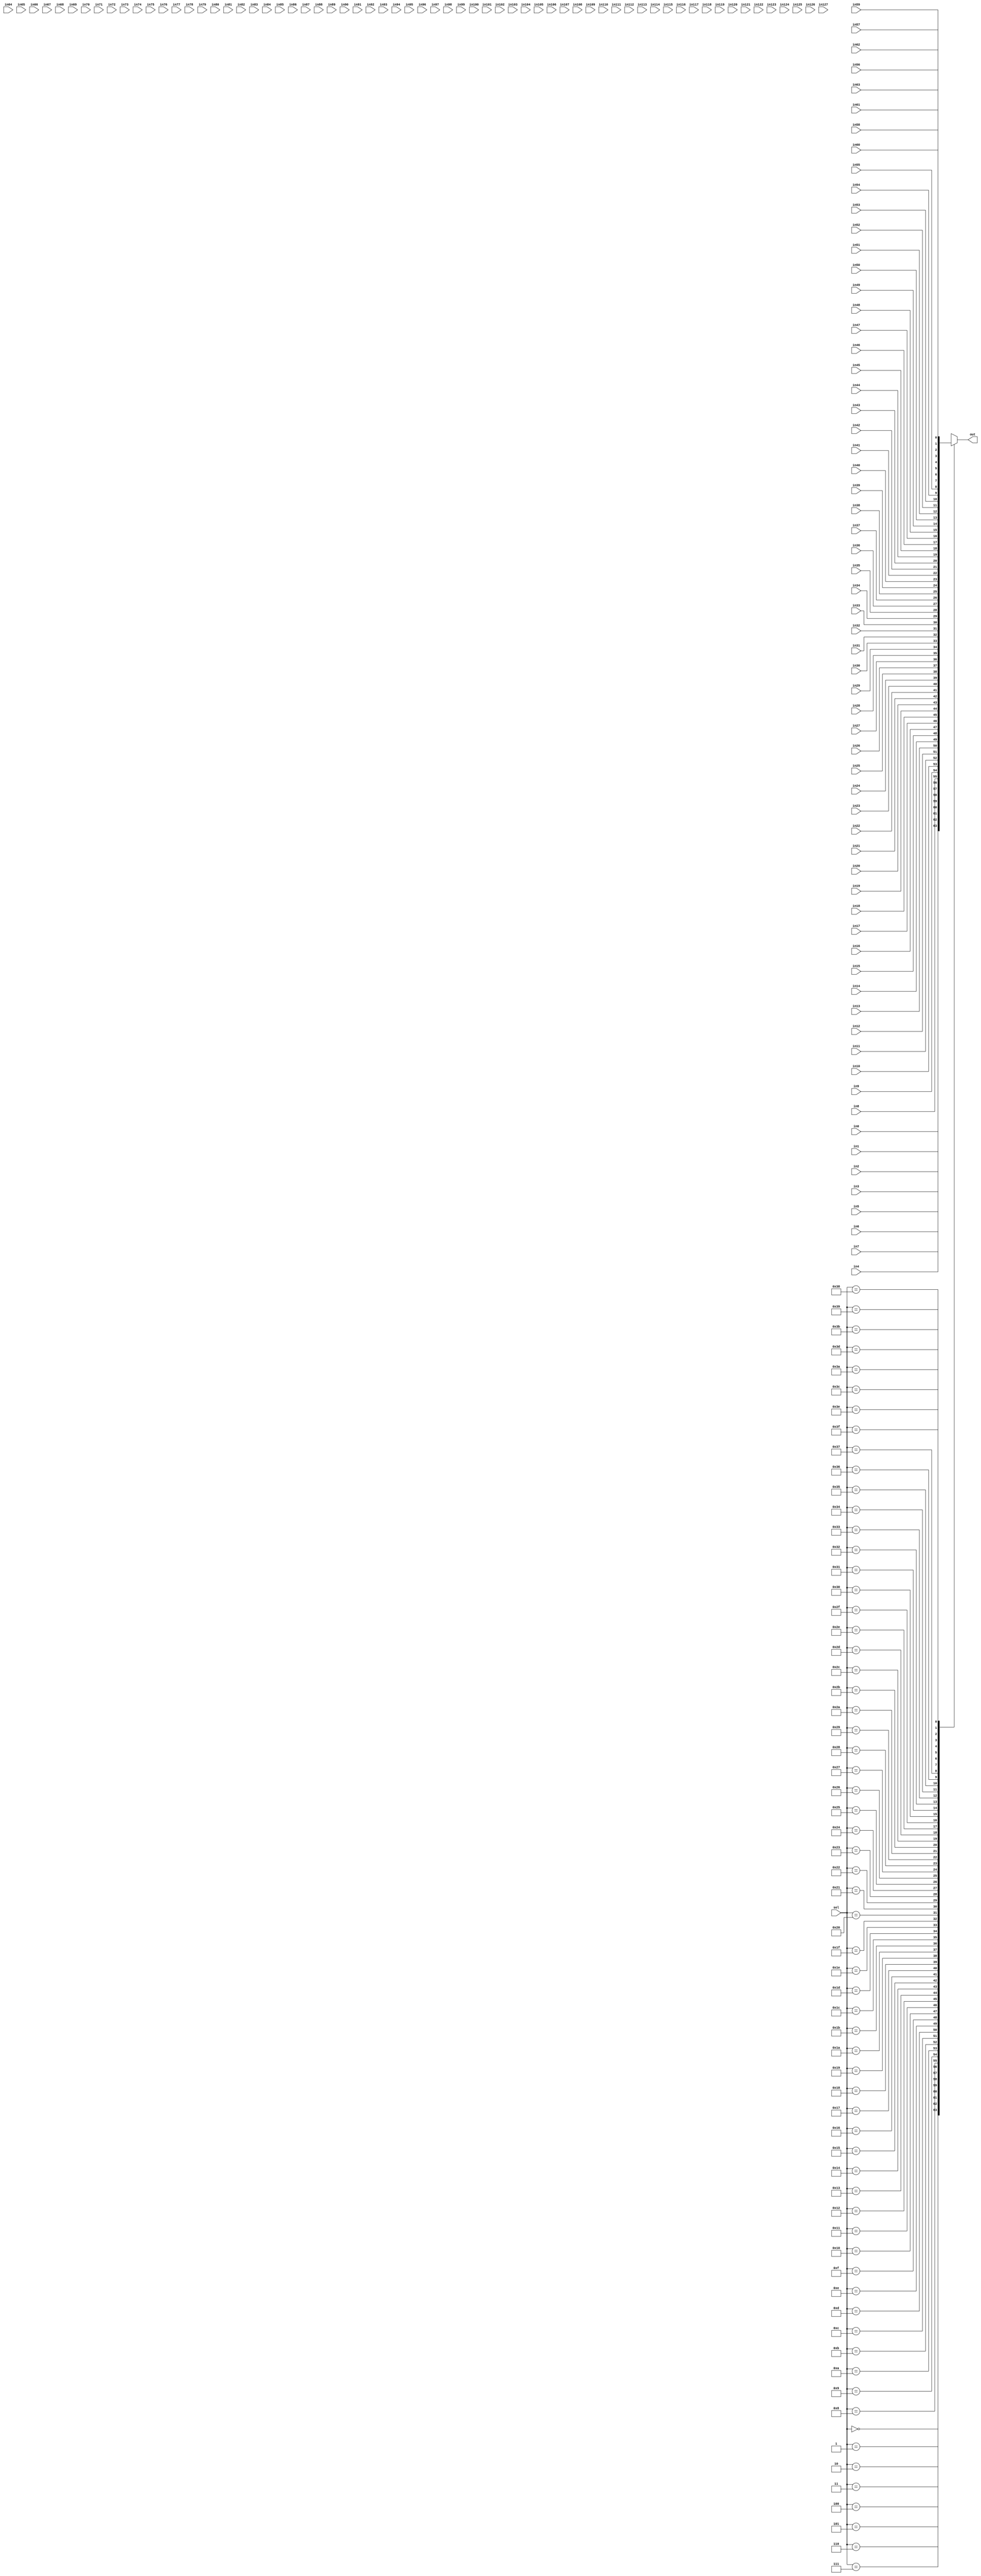
module mux128_1(in0,in1,in2,in3,in4,in5,in6,in7,in8,in9,in10,in11,in12,in13,
			in14,in15,in16,in17,in18,in19,in20,in21,in22,in23,in24,in25,in26,in27,in28,
			in29,in30,in31,in32,in33,in34,in35,in36,in37,in38,in39,in40,in41,in42,in43,
			in44,in45,in46,in47,in48,in49,in50,in51,in52,in53,in54,in55,in56,in57,in58,
			in59,in60,in61,in62,in63,in64,in65,in66,in67,in68,in69,in70,in71,in72,in73,
			in74,in75,in76,in77,in78,in79,in80,in81,in82,in83,in84,in85,in86,in87,in88,
			in89,in90,in91,in92,in93,in94,in95,in96,in97,in98,in99,in100,in101,in102,in103,
			in104,in105,in106,in107,in108,in109,in110,in111,in112,in113,in114,in115,in116,
			in117,in118,in119,in120,in121,in122,in123,in124,in125,in126,in127,sel,out);
			
			
    input in0,in1,in2,in3,in4,in5,in6,in7,in8,in9,in10,in11,in12,in13,
						in14,in15,in16,in17,in18,in19,in20,in21,in22,in23,in24,in25,in26,in27,in28,
						in29,in30,in31,in32,in33,in34,in35,in36,in37,in38,in39,in40,in41,in42,in43,
						in44,in45,in46,in47,in48,in49,in50,in51,in52,in53,in54,in55,in56,in57,in58,
						in59,in60,in61,in62,in63,in64,in65,in66,in67,in68,in69,in70,in71,in72,in73,
						in74,in75,in76,in77,in78,in79,in80,in81,in82,in83,in84,in85,in86,in87,in88,
						in89,in90,in91,in92,in93,in94,in95,in96,in97,in98,in99,in100,in101,in102,in103,
						in104,in105,in106,in107,in108,in109,in110,in111,in112,in113,in114,in115,in116,
						in117,in118,in119,in120,in121,in122,in123,in124,in125,in126,in127;
    input [5:0] sel;
    output reg out;


	always @(*) begin

		case (sel)
			'd0: out = in0;
			'd1: out = in1;
			'd2: out = in2;
			'd3: out = in3;
			'd4: out = in4;
			'd5: out = in5;
			'd6: out = in6;
			'd7: out = in7;
			'd8: out = in8;
			'd9: out = in9;
			'd10: out = in10;
			'd11: out = in11;
			'd12: out = in12;
			'd13: out = in13;
			'd14: out = in14;
			'd15: out = in15;
			'd16: out = in16;
			'd17: out = in17;
			'd18: out = in18;
			'd19: out = in19;
			'd20: out = in20;
			'd21: out = in21;
			'd22: out = in22;
			'd23: out = in23;
			'd24: out = in24;
			'd25: out = in25;
			'd26: out = in26;
			'd27: out = in27;
			'd28: out = in28;
			'd29: out = in29;
			'd30: out = in30;
			'd31: out = in31;
			'd32: out = in32;
			'd33: out = in33;
			'd34: out = in34;
			'd35: out = in35;
			'd36: out = in36;
			'd37: out = in37;
			'd38: out = in38;
			'd39: out = in39;
			'd40: out = in40;
			'd41: out = in41;
			'd42: out = in42;
			'd43: out = in43;
			'd44: out = in44;
			'd45: out = in45;
			'd46: out = in46;
			'd47: out = in47;
			'd48: out = in48;
			'd49: out = in49;
			'd50: out = in50;
			'd51: out = in51;
			'd52: out = in52;
			'd53: out = in53;
			'd54: out = in54;
			'd55: out = in55;
			'd56: out = in56;
			'd57: out = in57;
			'd58: out = in58;
			'd59: out = in59;
			'd60: out = in60;
			'd61: out = in61;
			'd62: out = in62;
			'd63: out = in63;
			'd64: out = in64;
			'd65: out = in65;
			'd66: out = in66;
			'd67: out = in67;
			'd68: out = in68;
			'd69: out = in69;
			'd70: out = in70;
			'd71: out = in71;
			'd72: out = in72;
			'd73: out = in73;
			'd74: out = in74;
			'd75: out = in75;
			'd76: out = in76;
			'd77: out = in77;
			'd78: out = in78;
			'd79: out = in79;
			'd80: out = in80;
			'd81: out = in81;
			'd82: out = in82;
			'd83: out = in83;
			'd84: out = in84;
			'd85: out = in85;
			'd86: out = in86;
			'd87: out = in87;
			'd88: out = in88;
			'd89: out = in89;
			'd90: out = in90;
			'd91: out = in91;
			'd92: out = in92;
			'd93: out = in93;
			'd94: out = in94;
			'd95: out = in95;
			'd96: out = in96;
			'd97: out = in97;
			'd98: out = in98;
			'd99: out = in99;
			'd100: out = in100;
			'd101: out = in101;
			'd102: out = in102;
			'd103: out = in103;
			'd104: out = in104;
			'd105: out = in105;
			'd106: out = in106;
			'd107: out = in107;
			'd108: out = in108;
			'd109: out = in109;
			'd110: out = in110;
			'd111: out = in111;
			'd112: out = in112;
			'd113: out = in113;
			'd114: out = in114;
			'd115: out = in115;
			'd116: out = in116;
			'd117: out = in117;
			'd118: out = in118;
			'd119: out = in119;
			'd120: out = in120;
			'd121: out = in121;
			'd122: out = in122;
			'd123: out = in123;
			'd124: out = in124;
			'd125: out = in125;
			'd126: out = in126;
			'd127: out = in127;
			
		endcase
	end

endmodule